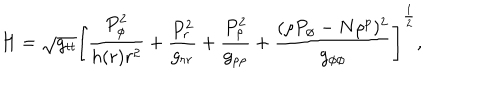
H = \sqrt { g _ { t t } } \left[ { \frac { P _ { \phi } ^ { 2 } } { h ( r ) r ^ { 2 } } } + { \frac { P _ { r } ^ { 2 } } { g _ { r r } } } + { \frac { P _ { \rho } ^ { 2 } } { g _ { \rho \rho } } } + { \frac { ( \rho P _ { \phi } - N \rho ^ { p } ) ^ { 2 } } { g _ { \phi \phi } } } \right] ^ { \frac { 1 } { 2 } } ,